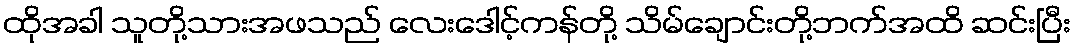
ထိုအခါ သူတို့သားအဖသည် လေးဒေါင့်ကန်တို့ သိမ်ချောင်းတို့ဘက်အထိ ဆင်းပြီး